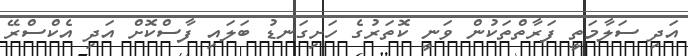
އަދި ސަލާމަތީ ފަރާތްތަކުން ވަނީ ކޮތަރުގެ ހަށިގަނޑު ބަލައި ފާސްކޮށް އަދި އެކްސްރޭ